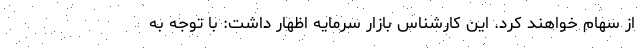
از سهام خواهند کرد. این کارشناس بازار سرمایه اظهار داشت: با توجه به